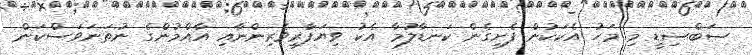
ސަބްސިޑީ މި މަހު އެކަކުން ފެށިގެން ކަނޑާލުމާ އެކު ވިޔަފާރިވެރިންނާއި އާއްމުންގެ ނުތަނަވަސްކަން